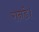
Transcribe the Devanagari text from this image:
रानडे।